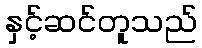
နှင့်ဆင်တူသည်